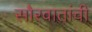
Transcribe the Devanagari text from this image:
सौरवातांची